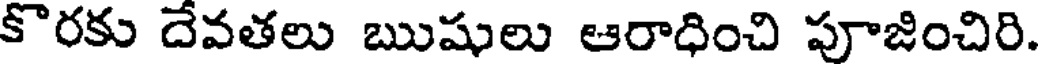
కొరకు దేవతలు ఋషులు ఆరాధించి పూజించిరి.